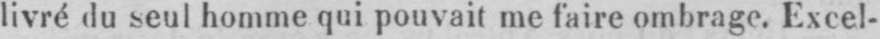
livré du seul homme qui pouvait me faire ombrage. Excel-